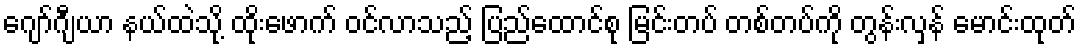
ဂျော်ဂျီယာ နယ်ထဲသို့ ထိုးဖောက် ဝင်လာသည့် ပြည်ထောင်စု မြင်းတပ် တစ်တပ်ကို တွန်းလှန် မောင်းထုတ်